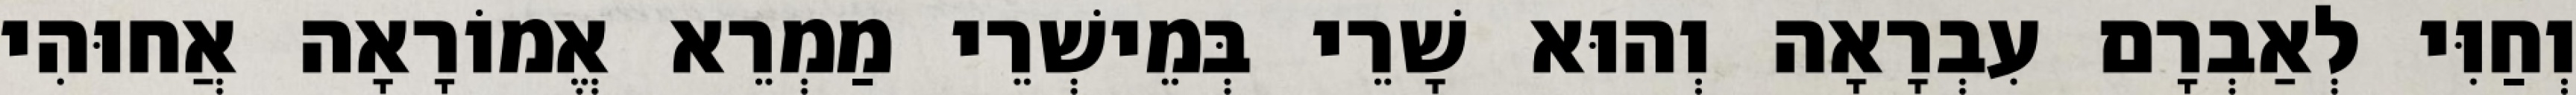
וְחַוִּי לְאַבְרָם עִבְרָאָה וְהוּא שָׁרֵי בְּמֵישְׁרֵי מַמְרֵא אֱמוֹרָאָה אֲחוּהִי